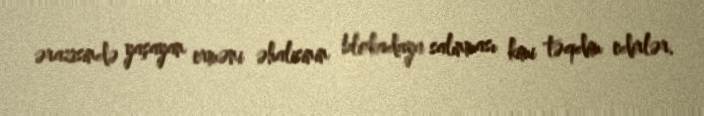
ərazisində yaşayan erməni əhalisinin blokadaya salınması kimi təqdim edirlər.